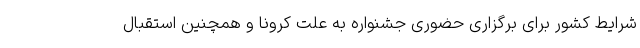
شرایط کشور برای برگزاری حضوری جشنواره به علت کرونا و همچنین استقبال